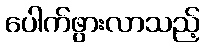
ပေါက်ဖွားလာသည့်